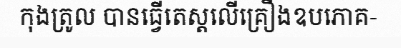
កុងត្រូល បានធ្វើតេស្តលើគ្រឿងឧបភោគ-